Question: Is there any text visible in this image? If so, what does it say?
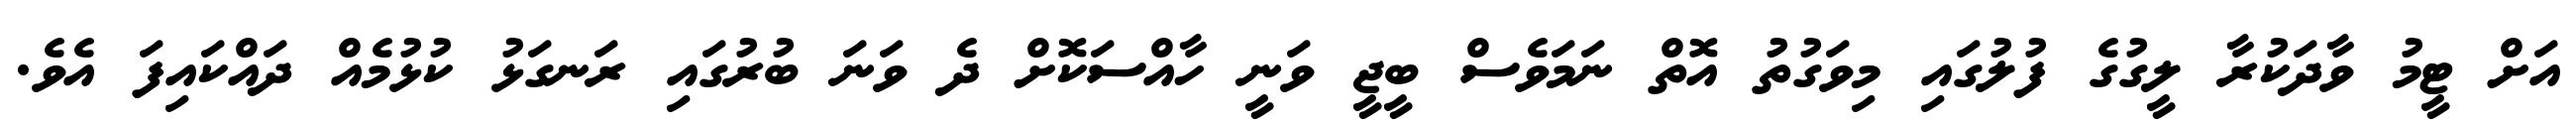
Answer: އަށް ޓީމު ވާދަކުރާ ލީގުގެ ފުލުގައި މިވަގުތު އޮތް ނަމަވެސް ބީޖީ ވަނީ ހާއްސަކޮށް ދެ ވަނަ ބުރުގައި ރަނގަޅު ކުޅުމެއް ދައްކައިފަ އެވެ.